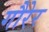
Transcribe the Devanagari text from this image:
गौरेर